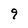
Character: 9